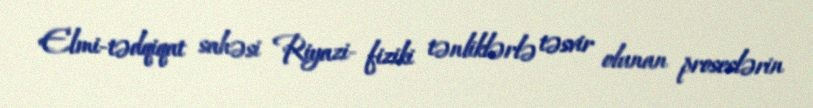
Elmi-tədqiqat sahəsi Riyazi- fiziki tənliklərlə təsvir olunan proseslərin